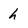
Character: h